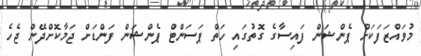
މުވައްޒަފަކަށް ޕެންޝަން ފައިސާގެ ގޮތުގައި ހަތް ޕަސަންޓް ޕެންޝަން ފަންޑަށް ޖަމާކޮށްދޭން ޖެހެ